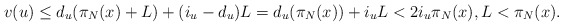
\begin{align*}v(u) \leq d_u(\pi_N(x) + L) + (i_u - d_u) L = d_u(\pi_N(x)) + i_u L < 2i_u \pi_N(x), L < \pi_N(x).\end{align*}